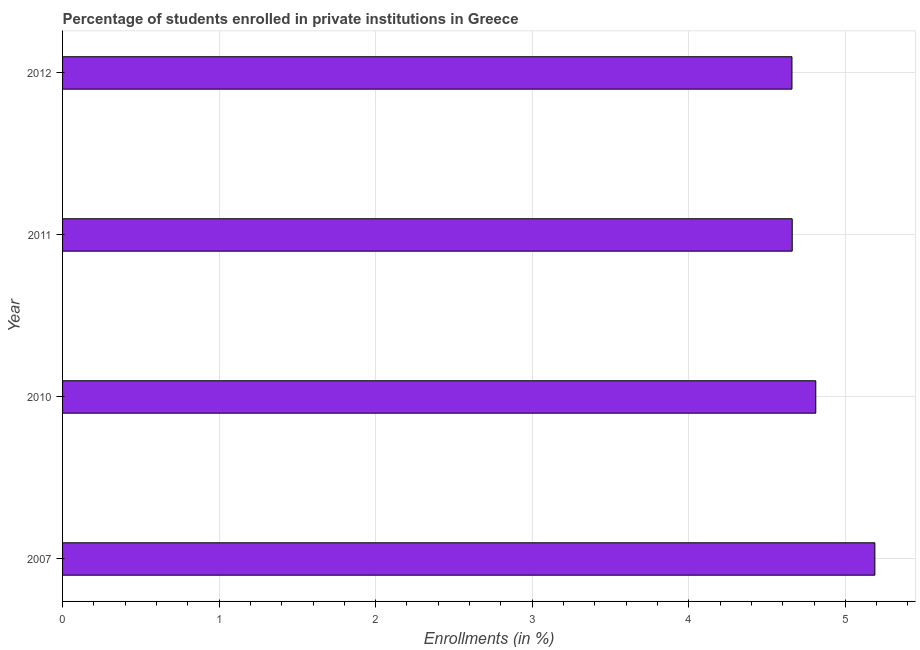
| Year | Enrollments |
 | --- | --- |
 | 2007 | 5.19 |
 | 2010 | 4.81 |
 | 2011 | 4.66 |
 | 2012 | 4.66 |